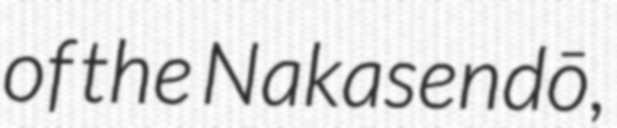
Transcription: of the Nakasendō,